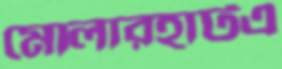
মোলারহাটএ